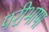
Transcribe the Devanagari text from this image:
परीभाषा